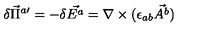
\delta \vec { \Pi } ^ { a \prime } = - \delta \vec { E ^ { a } } = \nabla \times ( \epsilon _ { a b } \vec { A ^ { b } } )